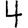
Digit: 4